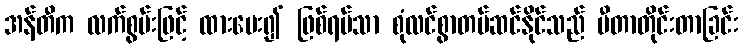
အန်တီက လက်စွမ်းဖြင့် ထားပေး၍ ဖြစ်ရပ်သာ စုံလင်စွာတပ်ဆင်နိုင်သည် မီတာတိုင်းတာခြင်း